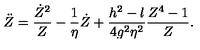
\ddot { Z } = { \frac { \dot { Z } ^ { 2 } } { Z } } - { \frac { 1 } { \eta } } \dot { Z } + { \frac { h ^ { 2 } - l } { 4 g ^ { 2 } \eta ^ { 2 } } } { \frac { Z ^ { 4 } - 1 } { Z } } .